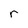
Character: r